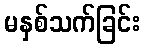
မနှစ်သက်ခြင်း